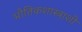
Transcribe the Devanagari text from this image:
भौतिकशास्त्राशी